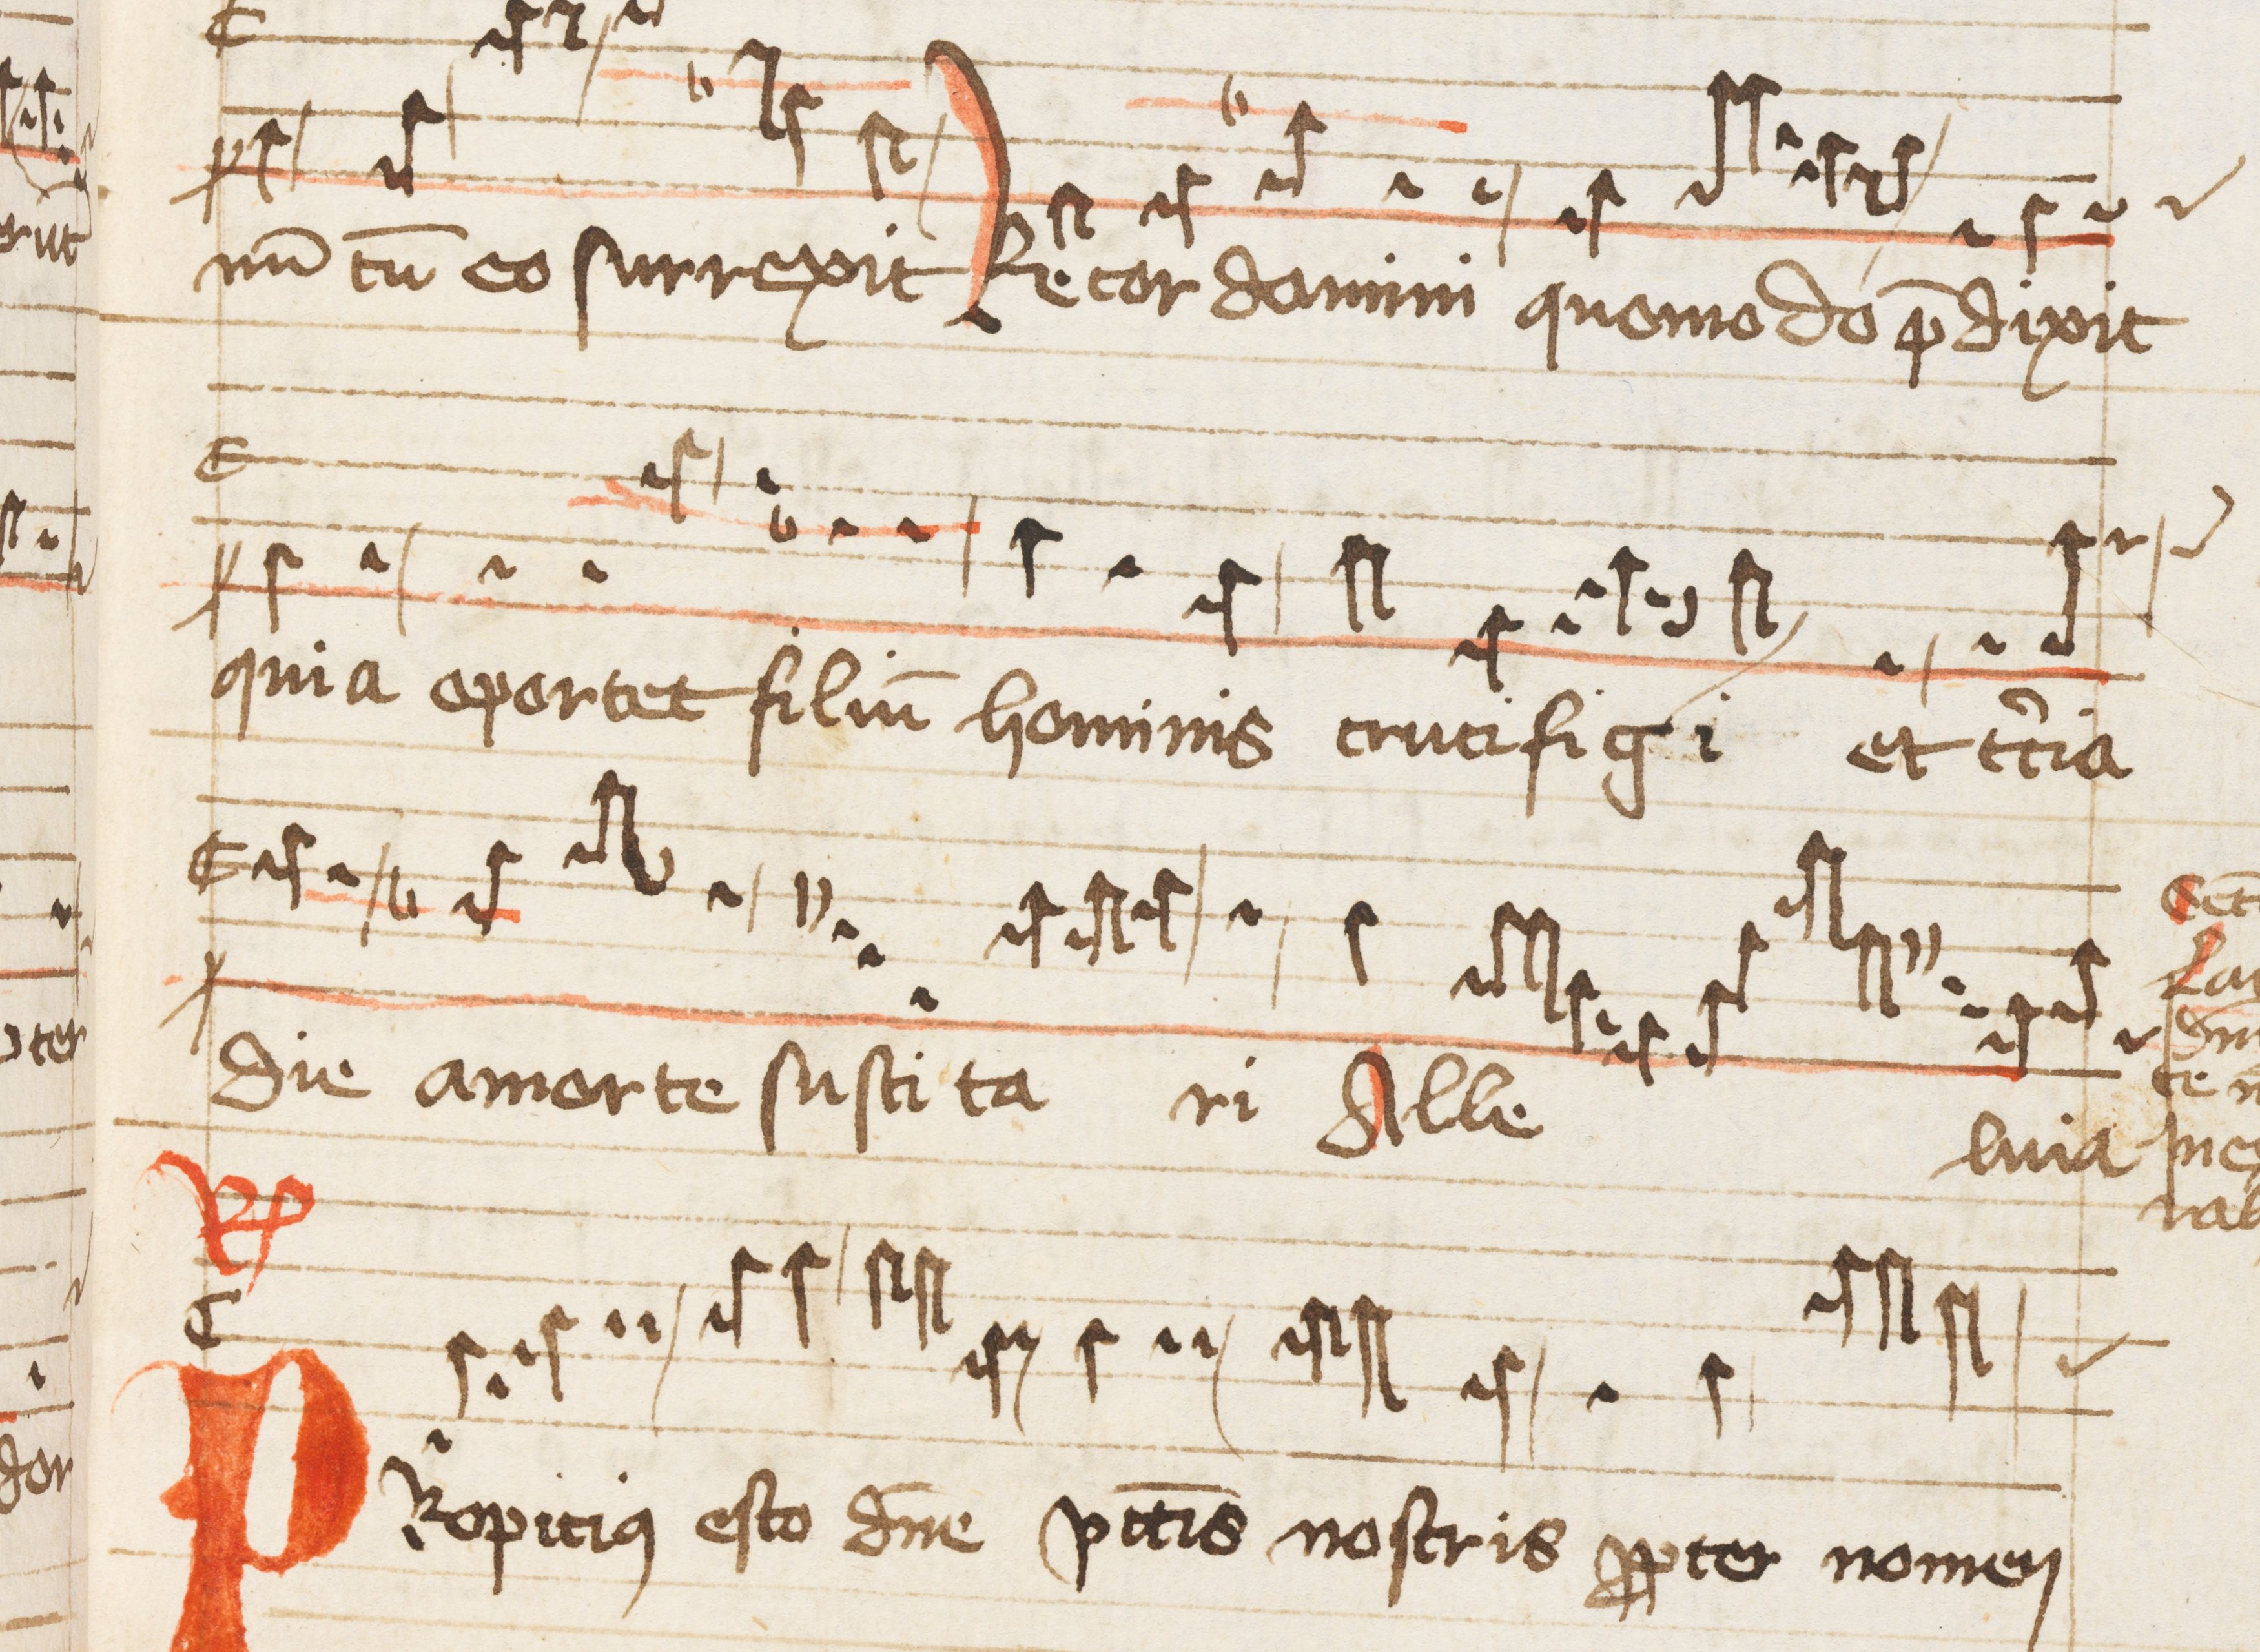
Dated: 1500–1599